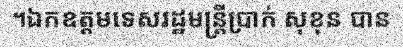
។ឯកឧត្តមទេសរដ្ឋមន្ត្រីប្រាក់ សុខុន បាន